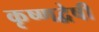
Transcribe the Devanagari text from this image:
कृष्णद्वेषी